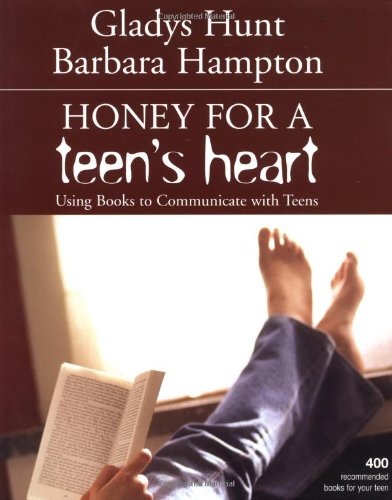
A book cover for Honey for a Teen's Heart; Gladys Hunt; Parenting & Relationships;